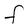
Character: F